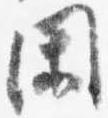
閑